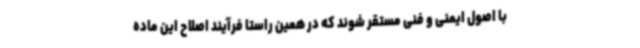
با اصول ایمنی و فنی مستقر شوند که در همین راستا فرآیند اصلاح این ماده